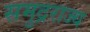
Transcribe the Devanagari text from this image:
समुद्रराज्य